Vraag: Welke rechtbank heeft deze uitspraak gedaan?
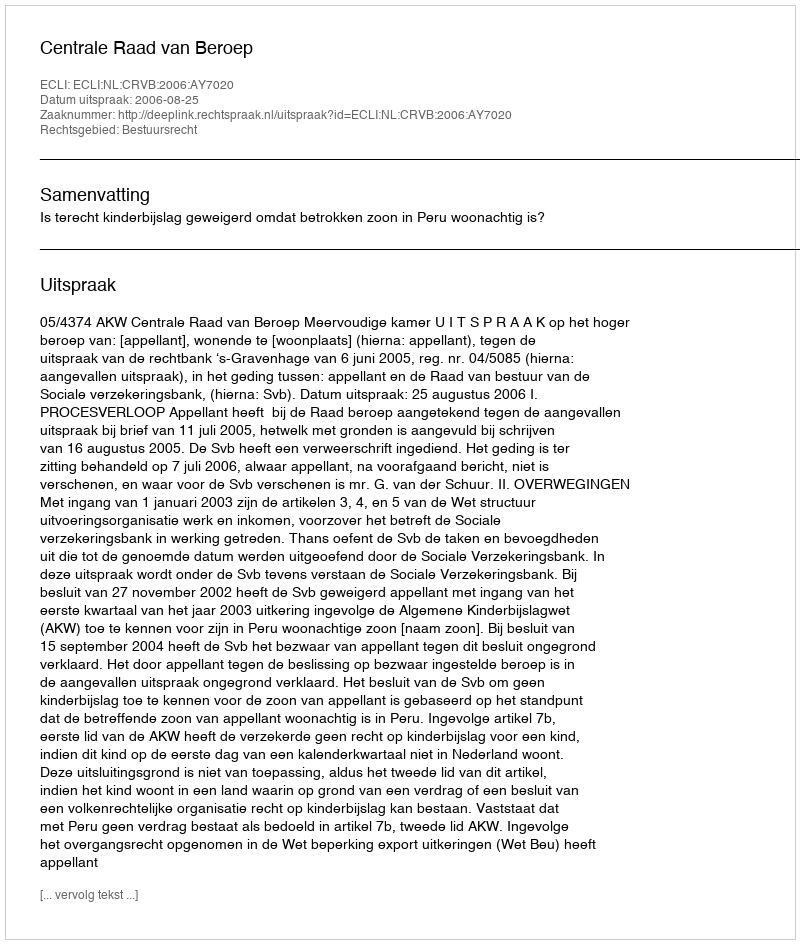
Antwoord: Centrale Raad van Beroep